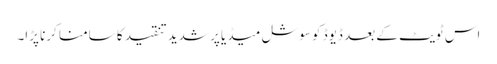
اس ٹویٹ کے بعد ڈیوڈ کو سوشل میڈیا پر شدید تنقید کا سامنا کرنا پڑا۔